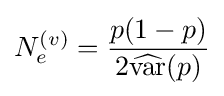
N_{e}^{(v)}={p(1-p) \over 2{\widehat {\operatorname {var} }}(p)}